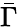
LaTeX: \bar{\Gamma}